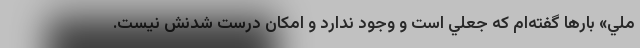
ملي» بارها گفته‌ام كه جعلي است و وجود ندارد و امكان درست شدنش نيست.